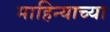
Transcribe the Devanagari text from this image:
माहिन्याच्या